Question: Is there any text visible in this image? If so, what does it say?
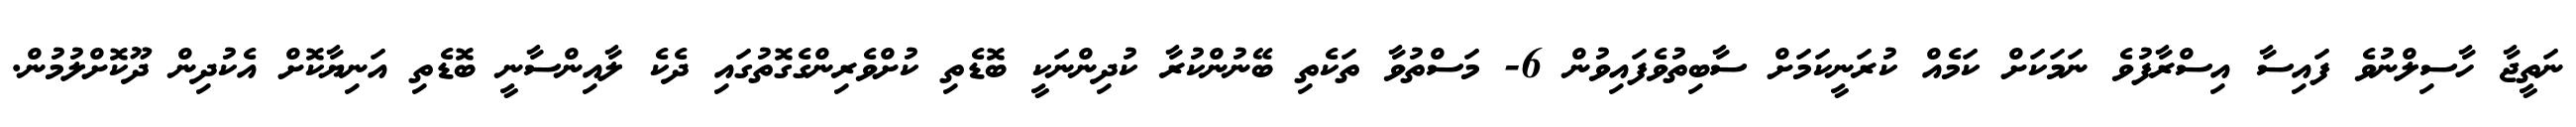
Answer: ނަތީޖާ ހާސިލްނުވެ ފައިސާ އިސްރާފުވެ ނަމަކަށް ކަމެއް ކުރަނީކަމަށް ސާބިތުވެފައިވުން 6- މަސްތުވާ ތަކެތި ބޭނުންކުރާ ކުދިންނަކީ ބޮޑެތި ކުށްވެރިންގެގޮތުގައި ދެކެ ލާއިންސާނީ ބޮޑެތި އަނިޔާކޮށް އެކުދިން ދޫކޮށްލުމުން.